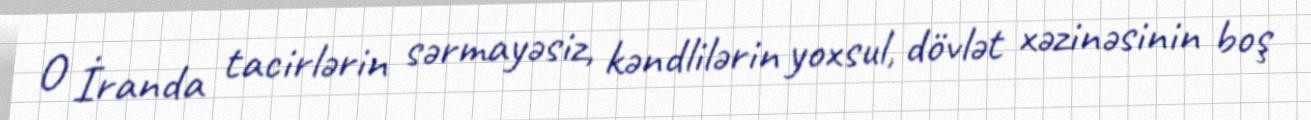
O İranda tacirlərin sərmayəsiz, kəndlilərin yoxsul, dövlət xəzinəsinin boş